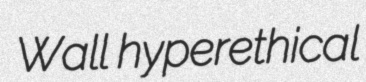
Wall hyperethical